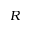
R